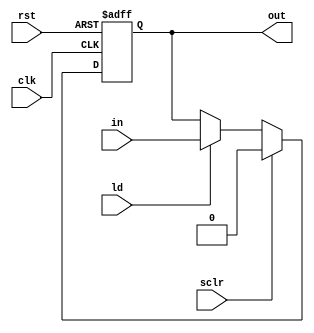
module DFF (in, ld, sclr, clk, rst, out);
    input in;
    input ld, sclr, clk, rst;
    output out;
    reg out;

    always @(posedge clk or posedge rst) begin
        if (rst)
            out <= 1'b0;
        else if (sclr)
            out <= 1'b0;
        else if (ld)
            out <= in;
    end
endmodule